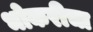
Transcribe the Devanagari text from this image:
भोकरीचा